Civil Veterinary Dept. Bombay admin report 1900-1906 - 1900-1906
Year: 1900
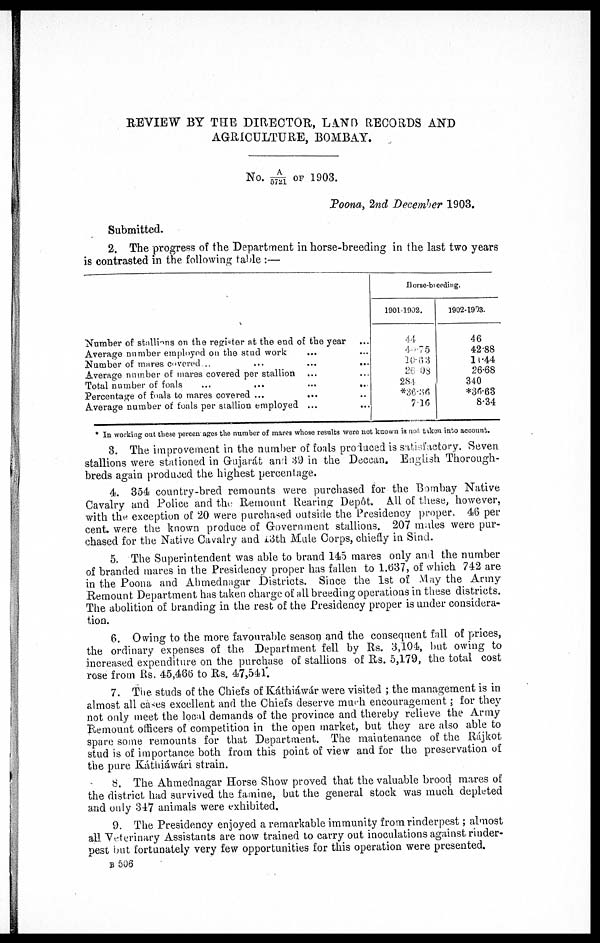
REVIEW BY THE DIRECTOR, LAND RECORDS AND
AGRICULTURE, BOMBAY.
No. A/5721 OF 1903.
Poona, 2nd December 1903.
Submitted.
2. The progress of the Department in horse-breeding in the last two years
is contrasted in the following table :—
Number of stallions on the register at the end of the year …
Average number employed on the stud work … …
Number of mares covered...
...
...
...
Average number of mares covered per stallion … …
Total number of foals … … … …
Percentage of foals to mares covered ...
... …
Average number of foals per stallion employed ... …
Horse-breeding.
19011902.
44
40.75
10.63
26 08
284
*38-36
7.16
1902-1903.
46
42.88
10.44
26.68
340
*36.63
8.34
* In working out these percentages the number of mares whose results were not known is not taken into account.
3. The improvement in the number of foals produced is satisfactory. Seven
stallions were stationed in Gujarát and 39 in the Deccan. English Thorough-
breds again produced the highest percentage.
4. 354 country-bred remounts were purchased for the Bombay Native
Cavalry and Police and the Remount Rearing Depôt. All of these, however,
with the exception of 20 were purchased outside the Presidency proper. 46 per
cent. were the known produce of Government stallions. 207 mules were pur-
chased for the Native Cavalry and 13th Mule Corps, chiefly in Sind.
5. The Superintendent was able to brand 145 mares only and the number
of branded mares in the Presidency proper has fallen to 1.637, of which 742 are
in the Poona and Ahmednagar Districts. Since the 1st of May the Army
Remount Department has taken charge of all breeding operations in these districts.
The abolition of branding in the rest of the Presidency proper is under considera-
tion.
6. Owing to the more favourable season and the consequent fall of prices,
the ordinary expenses of the Department fell by Rs. 3,104, but owing to
increased expenditure on the purchase of stallions of Rs. 5,179, the total cost
rose from Rs. 45,486 to Rs. 47,541.
7. The studs of the Chiefs of Káthiáwár were visited ; the management is in
almost all cases excellent and the Chiefs deserve much encouragement ; for they
not only meet the local demands of the province and thereby relieve the Army
Remount officers of competition in the open market, but they are also able to
spare some remounts for that Department. The maintenance of the Rájkot
stud is of importance both from this point of view and for the preservation of
the pure Káthiáwári strain.
8. The Ahmednagar Horse Show proved that the valuable brood mares of
the district had survived the famine, but the general stock was much depleted
and only 347 animals were exhibited.
9. The Presidency enjoyed a remarkable immunity from rinderpest ; almost
all Veterinary Assistants are now trained to carry out inoculations against rinder-
pest but fortunately very few opportunities for this operation were presented.
B 506